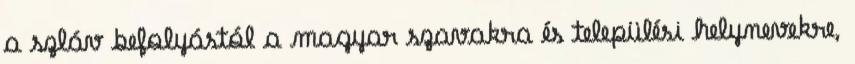
a szláv befolyástól a magyar szavakra és települési helynevekre,